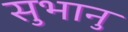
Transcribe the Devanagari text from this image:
सुभानु